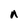
Character: n